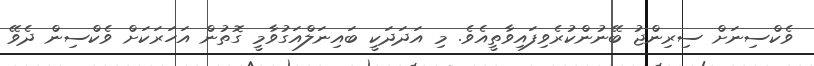
ވެކްސިނަށް ސިރިންޖު ބޭނުންކުރެވިފައިވާތީއެވެ. މި އަދަދަކީ ބައިނަލްއަގުވާމީ ގޮތުން އަހަރަކަށް ވެކްސިން ދެވޭ